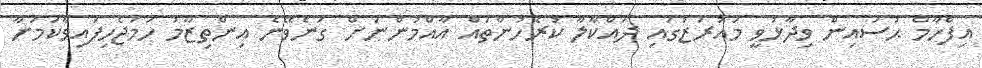
އިފްހާމް ޙުސައިން ވިދާޅުވީ މައުރަޒުގައި ދައްކާލާ ކުރެހުންތައް އާއްމުންނަށް ގަނެވޭނެ އިންތިޒާމު ހަމަޖެހިފައިވާކަމަށާ